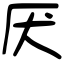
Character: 厌